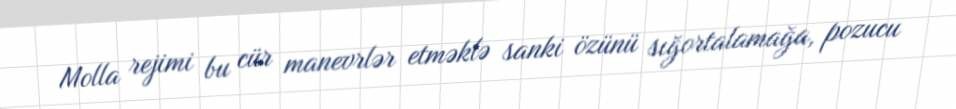
Molla rejimi bu cür manevrlər etməklə sanki özünü sığortalamağa, pozucu